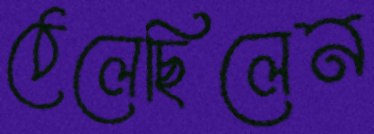
ঠেলেছিলেন